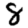
Digit: 8